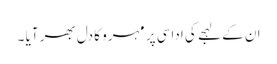
ان کے لہجے کی اداسی پر مہرو کا دل بھر آیا ۔